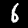
Label: 6